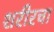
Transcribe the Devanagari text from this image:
शरीरचा